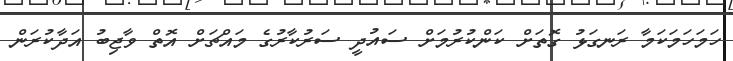
ހަމަހަމަކަމާ ރަނގަޅު ގޮތަށް ކަންކުރުމަށް ސައުދީ ސަރުކާރުގެ މައްޗަށް އޮތް ވާޖިބު އަދާކުރަން